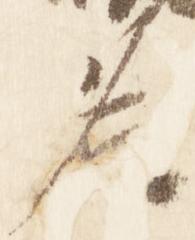
名